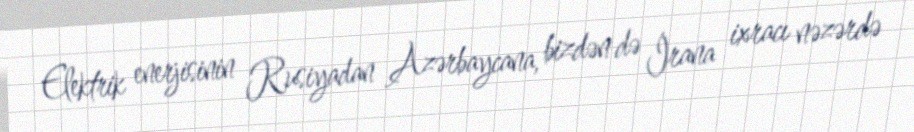
Elektrik enerjisinin Rusiyadan Azərbaycana, bizdən də İrana ixracı nəzərdə